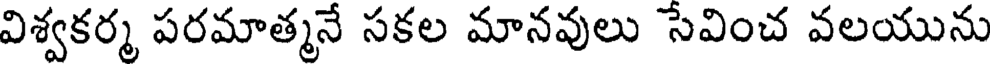
విశ్వకర్మ పరమాత్మనే సకల మానవులు సేవించ వలయును